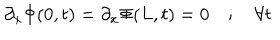
LaTeX: \partial _ { x } \Phi ( 0 , t ) = \partial _ { x } \Phi ( L , t ) = 0 \quad ; \quad \forall t